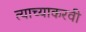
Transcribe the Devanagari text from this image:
त्याच्याकरवी